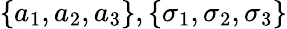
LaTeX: \{ a_{1},a_{2},a_{3}\} ,\{ \sigma_{1},\sigma_{2},\sigma_{3}\}